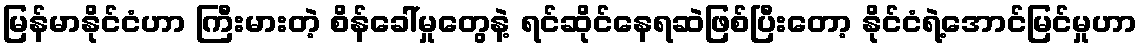
မြန်မာနိုင်ငံဟာ ကြီးမားတဲ့ စိန်ခေါ်မှုတွေနဲ့ ရင်ဆိုင်နေရဆဲဖြစ်ပြီးတော့ နိုင်ငံရဲ့အောင်မြင်မှုဟာ